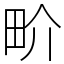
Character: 畍